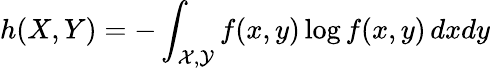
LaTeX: h(X,Y)=-\int_{{\mathcal{X}},{\mathcal{Y}}}f(x,y)\log f(x,y)\, dxdy